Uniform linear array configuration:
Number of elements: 48
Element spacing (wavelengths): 0.5
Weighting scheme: binomial
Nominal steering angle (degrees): -15
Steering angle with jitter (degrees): -14.088
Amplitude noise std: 0.05
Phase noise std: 0.05

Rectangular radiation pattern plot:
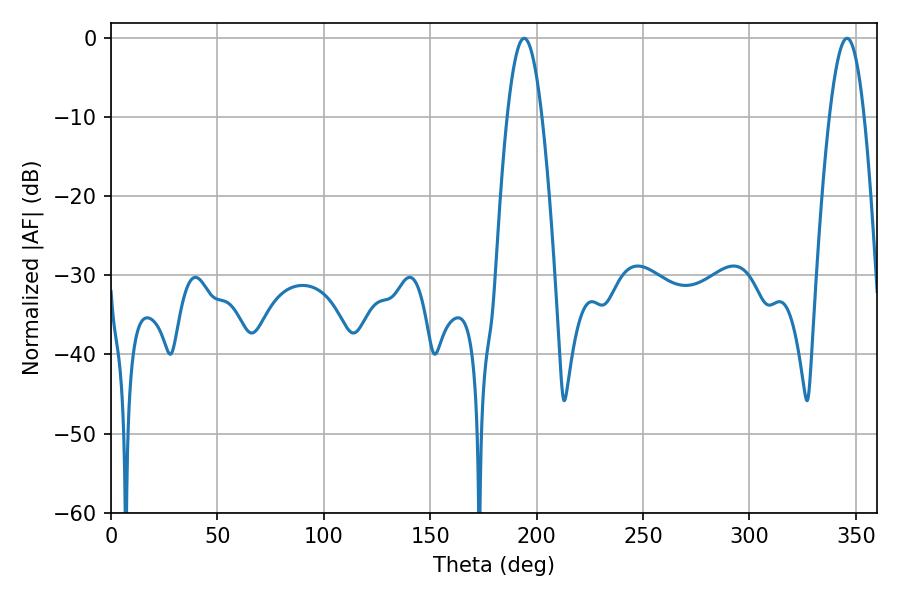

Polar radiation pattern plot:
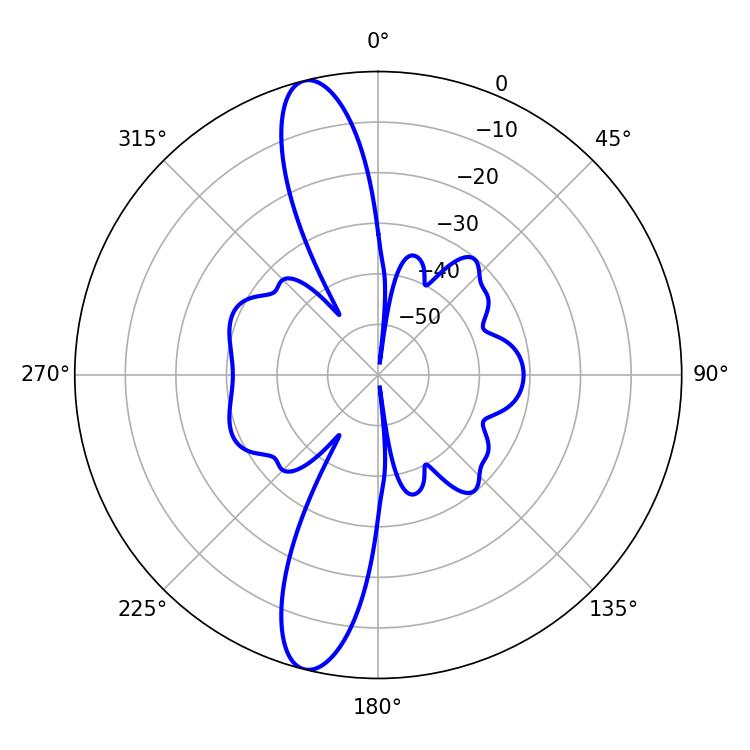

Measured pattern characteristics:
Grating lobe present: FALSE
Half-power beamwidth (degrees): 8.82
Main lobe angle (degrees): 194.22